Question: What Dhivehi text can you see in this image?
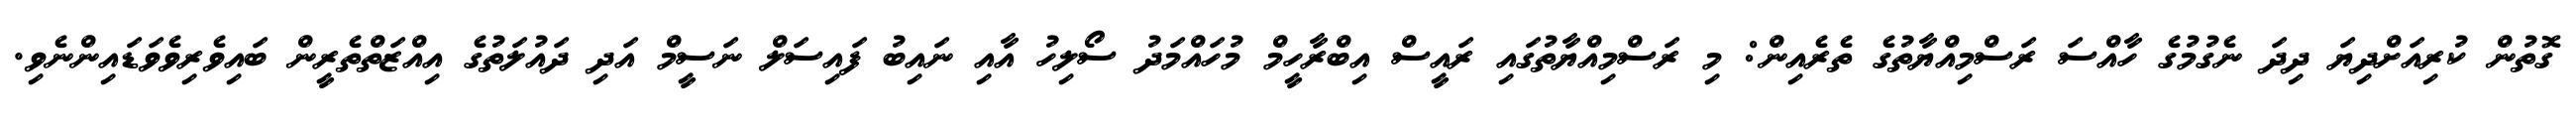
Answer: ގޮތުން ކުރިއަށްދިޔަ ދިދަ ނެގުމުގެ ހާއްސަ ރަސްމިއްޔާތުގެ ތެރެއިން: މި ރަސްމިއްޔާތުގައި ރައީސް އިބްރާހީމް މުހައްމަދު ސޯލިހު އާއި ނައިބު ފައިސަލް ނަސީމް އަދި ދައުލަތުގެ އިއްޒަތްތެރީން ބައިވެރިވެވަޑައިންނެވި.